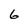
Character: 6